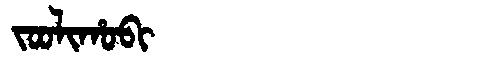
Manchu: ᠵᠣᠣᠯᡳᡥᠣᠪᡳ
Romanization: JOOLIHOBI